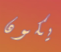
يكون